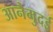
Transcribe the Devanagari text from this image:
आनैमुदई